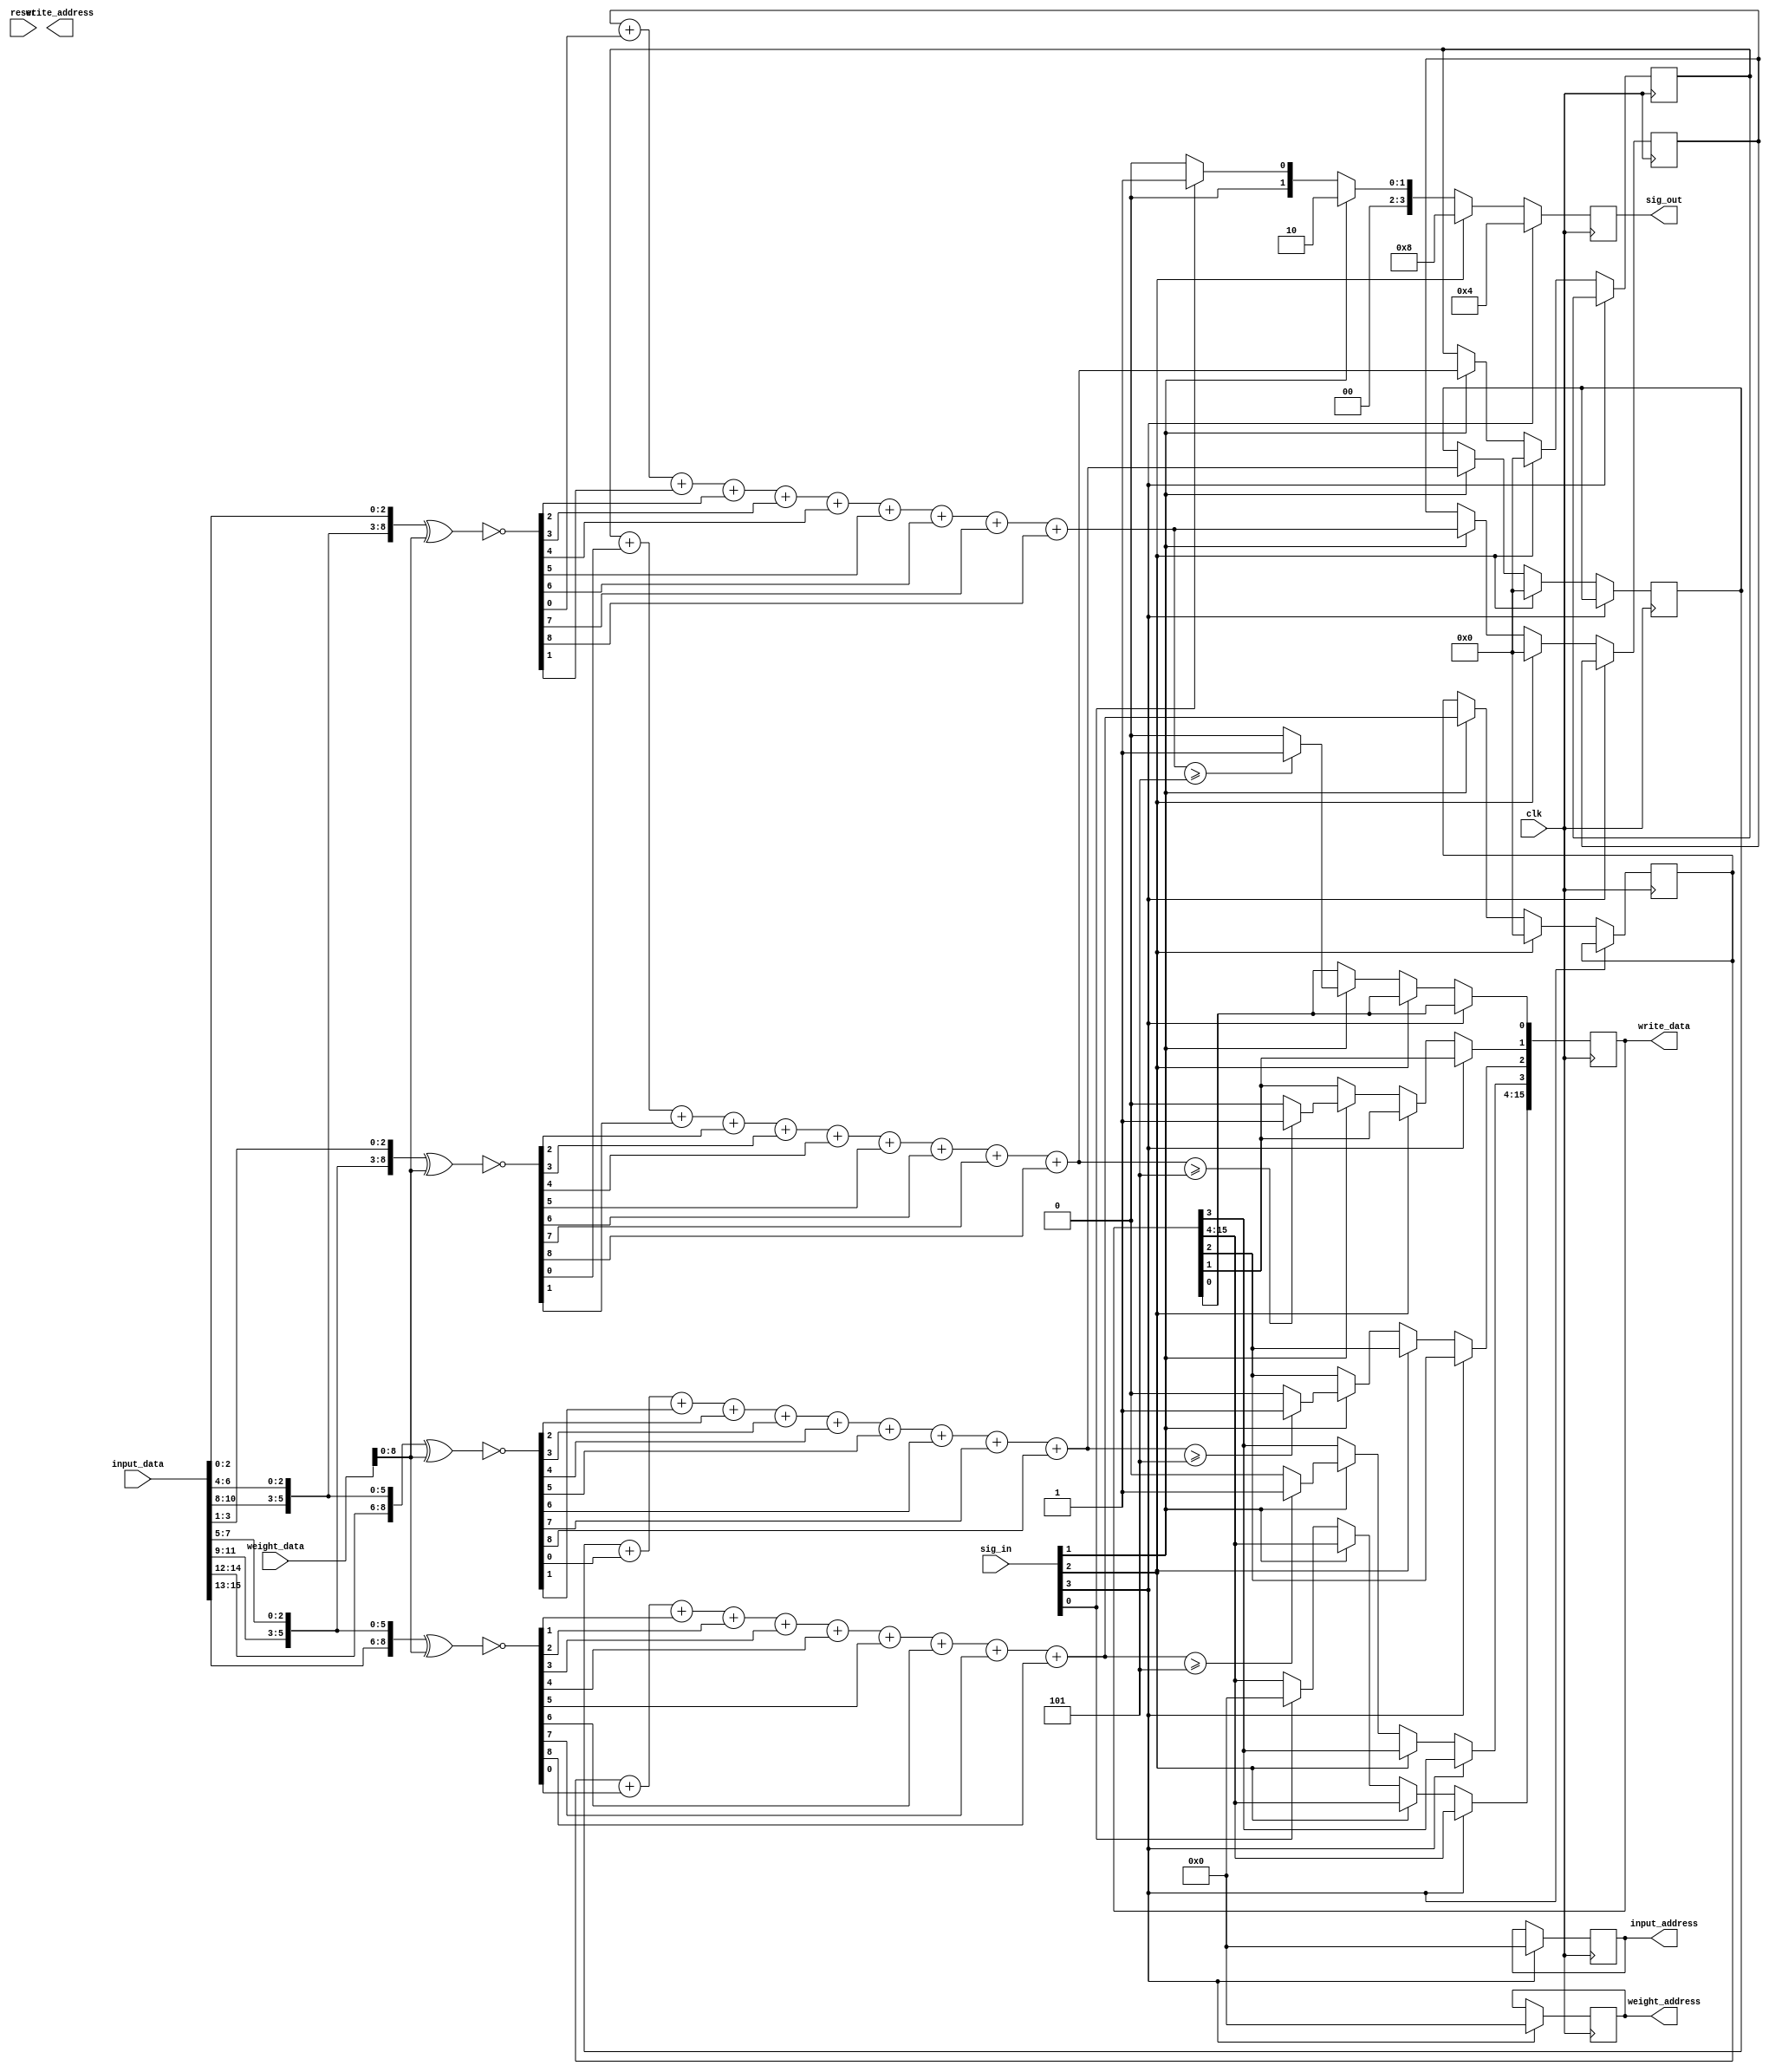

module datapath( // I/O from top module and SRAM 
				clk, reset, input_data, weight_data, input_address, weight_address, write_address, write_data,
				// I/O from controller<->datapath 
				sig_in, sig_out 
				); 

// signals from SRAM 
input clk; 
input reset; 
input [15:0] input_data; // data from SRAM in matrix form, need all bits
input [15:0] weight_data; // data from SRAM in matrix form, only need 9 LSB 
output reg [15:0] write_data; 
output reg [11:0] input_address;
output reg [11:0] weight_address; 
output reg [11:0] write_address;

input [3:0] sig_in; // [3] = get_address, [2] = get_data, [1] = count_ready, [0] = write_ready  
output reg [3:0] sig_out; // [3] = got_data, [2] = ready_to_receive, [1] = count_done, [0] = written_success 


wire [8:0] overlay1; // result of xnor calculation  
wire [8:0] overlay2; // result of xnor calculation  
wire [8:0] overlay3; // result of xnor calculation  
wire [8:0] overlay4; // result of xnor calculation  
reg [3:0] count1; 
reg [3:0] count2; 
reg [3:0] count3;
reg [3:0] count4;  
integer N; 

always @ (posedge clk) begin 
	 if(sig_in[3]) begin 
		input_address <= 12'b0; 
		weight_address <= 12'b0; 
		sig_out <= 4'b0100; 
		end 
	else if(sig_in[2]) begin 
			sig_out <= 4'b1000; 
			count1 = 3'b0; 
			count2 = 3'b0; 
			count3 = 3'b0; 
			count4 = 3'b0;  
			end 
	else if(sig_in[1]) begin  
			 for(N = 0; N < 9 ; N = N + 1) begin 
 				count1 = count1 + overlay1[N]; 
				count2 = count2 + overlay2[N]; 
				count3 = count3 + overlay3[N]; 
				count4 = count4 + overlay4[N];  
			end  
 			write_data[0] <= (count1 >= 5) ? 1'b1 : 1'b0; 
			write_data[1] <= (count2 >= 5) ? 1'b1 : 1'b0; 
			write_data[2] <= (count3 >= 5) ? 1'b1 : 1'b0; 
			write_data[3] <= (count4 >= 5) ? 1'b1 : 1'b0;  
			sig_out <= 4'b0010; 
			end 
	else if (sig_in[0]) begin 
			sig_out <= 4'b0001;
			write_data <= {11'b0,write_data[3:0]}; 
	end else begin 
			sig_out <= 4'b0000; 
	end 
end 
assign overlay1 = ~({input_data[10:8],input_data[6:4],input_data[2:0]} ^ weight_data[8:0]);
assign overlay2 = ~({input_data[11:9],input_data[7:5],input_data[3:1]} ^ weight_data[8:0]);
assign overlay3 = ~({input_data[14:12],input_data[10:8],input_data[6:4]} ^ weight_data[8:0]);
assign overlay4 = ~({input_data[15:13],input_data[11:9],input_data[7:5]} ^ weight_data[8:0]);
endmodule